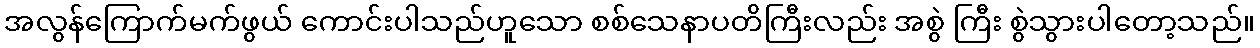
အလွန်ကြောက်မက်ဖွယ် ကောင်းပါသည်ဟူသော စစ်သေနာပတိကြီးလည်း အစွဲ ကြီး စွဲသွားပါတော့သည်။